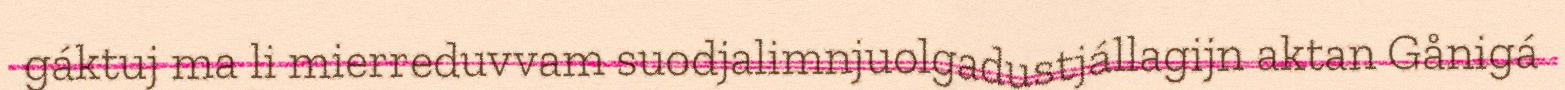
gáktuj ma li mierreduvvam suodjalimnjuolgadustjállagijn aktan Gånigá